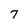
Character: 7